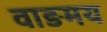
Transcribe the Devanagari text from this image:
वाङमय